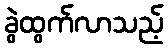
ခွဲထွက်လာသည့်